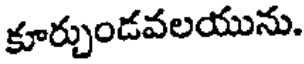
కూర్చుండవలయును.